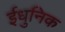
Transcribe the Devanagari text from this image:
ईधुनिक